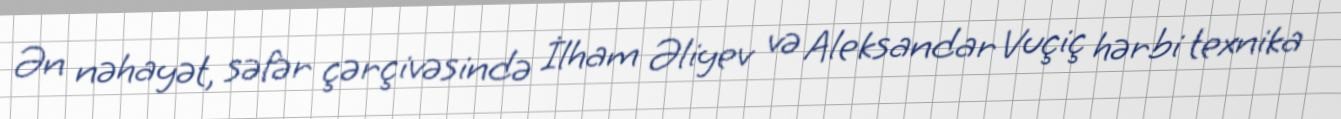
Ən nəhayət, səfər çərçivəsində İlham Əliyev və Aleksandar Vuçiç hərbi texnika